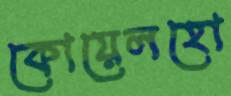
কোয়েলহো